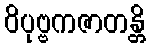
ဝိပုဗ္ဗကဇာတန္တိ